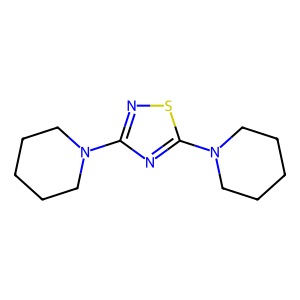
SMILES: C1CCN(c2nsc(N3CCCCC3)n2)CC1
Inhibits HIV replication: No